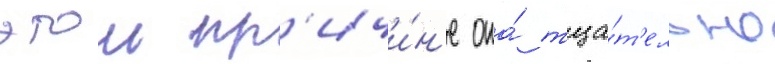
этои пр'ичи́н'е она́ тща́т'ельно